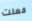
فعلت